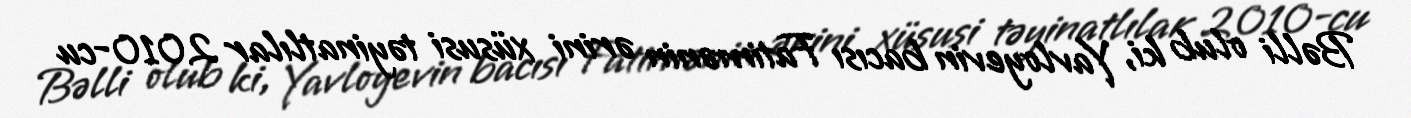
Bəlli olub ki, Yavloyevin bacısı Fatimənin ərini xüsusi təyinatlılar 2010-cu